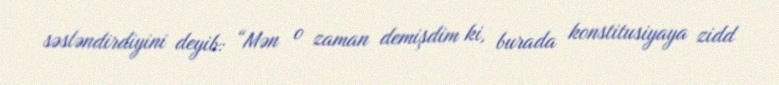
səsləndirdiyini deyib: “Mən o zaman demişdim ki, burada konstitusiyaya zidd